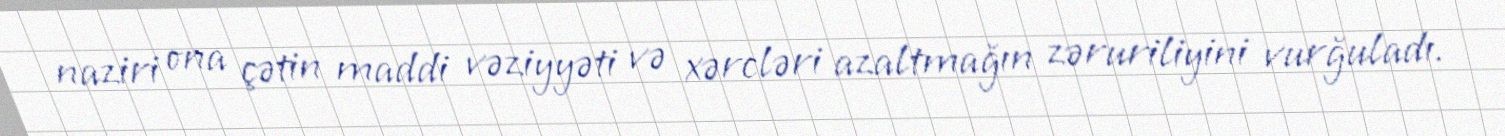
naziri ona çətin maddi vəziyyəti və xərcləri azaltmağın zəruriliyini vurğuladı.